Report of the Bombay Veterinary College
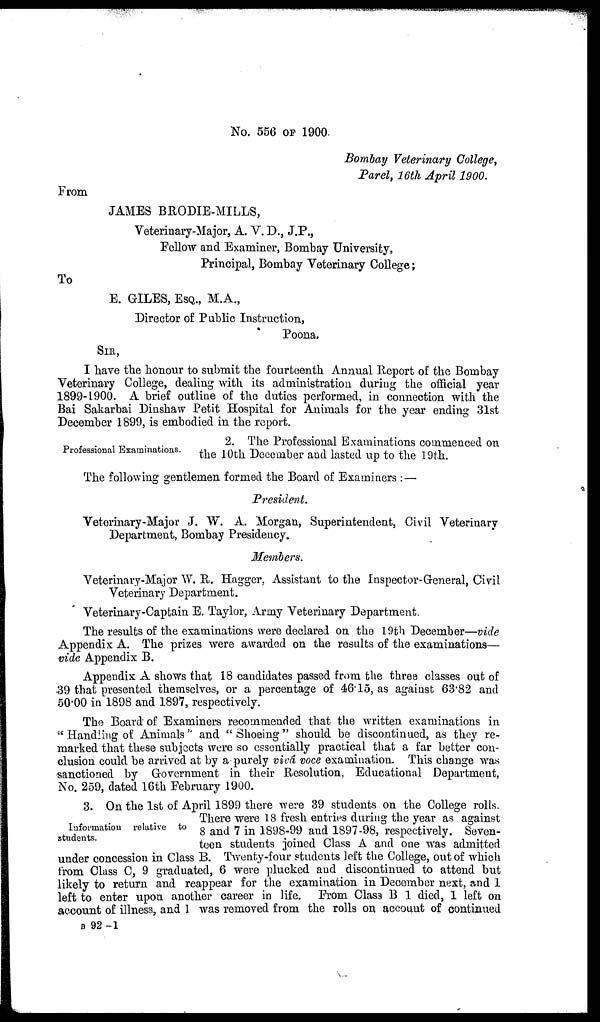
No. 556 OF 1900.
Bombay Veterinary College,
Parel, 16th April 1900.
From
JAMES BRODIE-MILLS,
Veterinary-Major, A. V. D., J.P.,
Fellow and. Examiner, Bombay University,
Principal, Bombay Veterinary College;
To
E. GILES, ESQ., M.A.,
Director of Public Instruction,
Poona.
SIR,
I have the honour to submit the fourteenth Annual Report of the Bombay
Veterinary College, dealing with its administration during the official year
1899-1900. A brief outline of the duties performed, in connection with the
Bai Sakarbai Dinshaw Petit Hospital for Animals for the year ending 31st
December 1899, is embodied in the report.
Professional Examinations.
2. The Professional Examinations commenced on
the 10th December and lasted up to the 19th.
The following gentlemen formed the Board of Examiners : —
President.
Veterinary-Major J. W. A. Morgan, Superintendent, Civil Veterinary
Department, Bombay Presidency.
Members.
Veterinary-Major W. R. Hagger, Assistant to the Inspector-General, Civil
Veterinary Department.
Veterinary-Captain E. Taylor, Army Veterinary Department.
The results of the examinations were declared on the 19th December—vide
Appendix A. The prizes were awarded on the results of the examinations—
vide Appendix B.
Appendix A shows that 18 candidates passed from the three classes out of
39 that presented themselves, or a percentage of 46.15, as against 63.82 and
50.00 in 1898 and 1897, respectively.
The Board of Examiners recommended that the written examinations in
"Handling of Animals" and "Shoeing" should be discontinued, as they re-
marked that these subjects were so essentially practical that a far better con-
clusion could be arrived at by a purely vivâ voce examination. This change was
sanctioned by Government in their Resolution, Educational Department,
No. 259, dated 16th February 1900.
Information relative to
students.
3. On the 1st of April 1899 there were 39 students on the College rolls.
There were 18 fresh entries during the year as against
8 and 7 in 1898-99 and 1897-98, respectively. Seven-
teen students joined Class A and one was admitted
under concession in Class B. Twenty-four students left the College, out of which
from Class C, 9 graduated, 6 were plucked and discontinued to attend but
likely to return and reappear for the examination in December next, and 1
left to enter upon another career in life. From Class B 1 died, 1 left on
account of illness, and 1 was removed from the rolls on account of continued
B 92-1